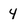
Character: 4